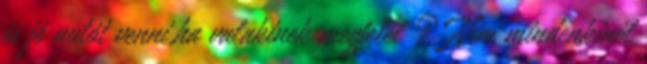
és jó autót venni,ha valakinek megfelel ? Nem mindenkinél